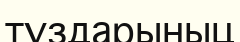
тұздарыныц